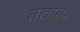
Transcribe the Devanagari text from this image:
तलपथ